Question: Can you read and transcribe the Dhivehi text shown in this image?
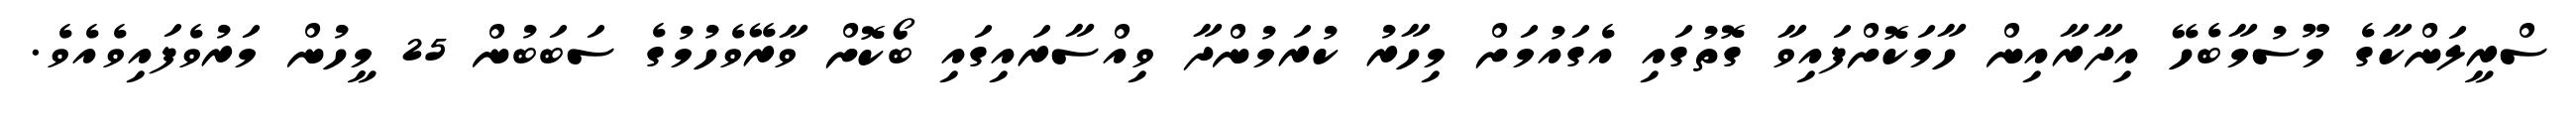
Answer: ސްރީލަންކާގެ މޫސުމާބެހޭ އިދާރާއިން ހާމަކޮށްފައިވާ ގޮތުގައި އެގައުމަށް މިހާރު ކުރަމުންދާ ވިއްސާރައިގައި ބޯކޮށް ވާރޭވެހުމުގެ ސަބަބުން 25 މީހުން މަރުވެފައިވެއެވެ.